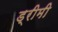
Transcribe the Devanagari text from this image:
ड्रीमी